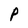
Character: P